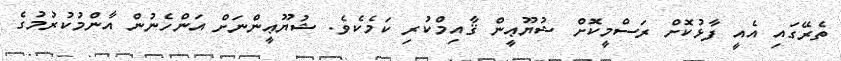
ތެރޭގައި އެއީ ފާޅުކޮށް ރަސްމީކޮށް ޝުޔޫޢީން ޤާއިމްކުރި ކަމެކެވެ. ޝުޔޫޢީންނަށް އަންހެނުން އާންމުކުރުމުގެ